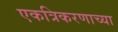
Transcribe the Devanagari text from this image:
एकत्रिकरणाच्या